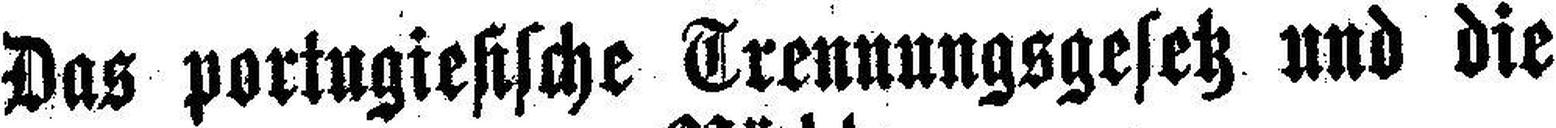
Das portugiesische Trennungsgesetz und die